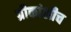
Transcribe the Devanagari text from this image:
ग्रीकांशीच